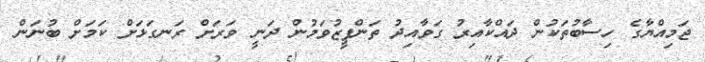
ޖަމިއްޔާގެ ހިސާބުތަކުން ދައްކާއިރު ގަވާއިދު ތަންފީޒުވަމުން ދަނީ ވަރަށް ރަނގަޅަށް ކަމަށް ބުނަން